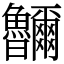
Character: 鿩